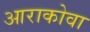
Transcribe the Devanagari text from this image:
आराकोवा